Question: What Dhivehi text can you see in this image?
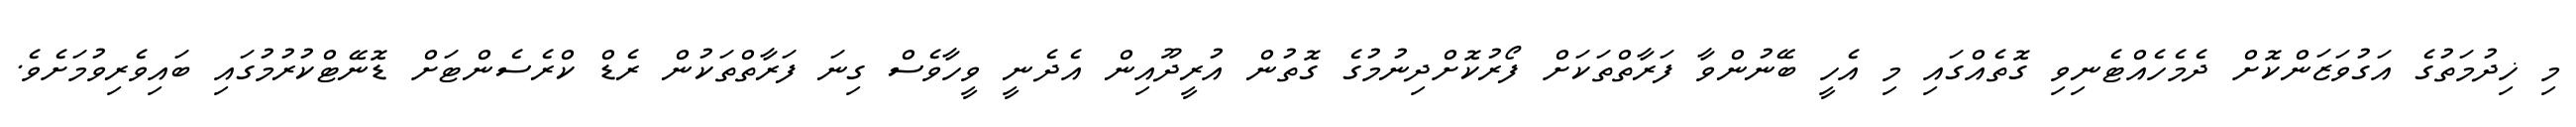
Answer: މި ޚިދުމަތުގެ އަގުވަޒަންކޮށް ދެމެހެއްޓެނިވި ގޮތެއްގައި މި އެހީ ބޭނުންވާ ފަރާތްތަކަށް ފޯރުކޮށްދިނުމުގެ ގޮތުން އުރީދޫއިން އެދެނީ ވީހާވެސް ގިނަ ފަރާތްތަކުން ރެޑް ކްރެސެންޓަށް ޑޮނޭޓްކުރުމުގައި ބައިވެރިވުމަށެވެ.